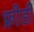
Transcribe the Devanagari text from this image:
फ्रीडी